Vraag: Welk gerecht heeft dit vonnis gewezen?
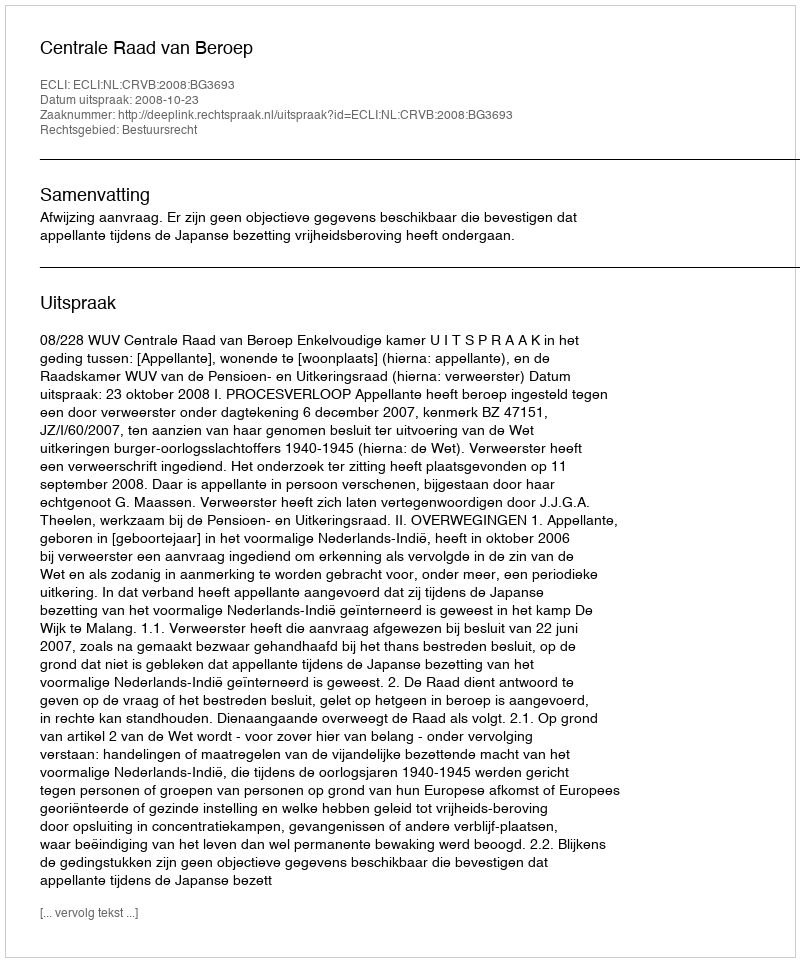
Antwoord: Centrale Raad van Beroep